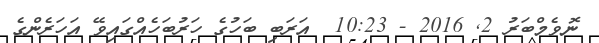
ނޮވެމްބަރު 2